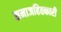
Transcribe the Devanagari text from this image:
समाजहितकारी